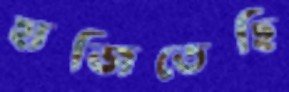
হাজিতেছি